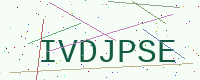
Text: IVDJPSE